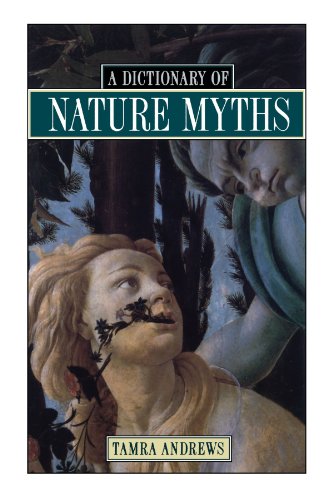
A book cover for Dictionary of Nature Myths: Legends of the Earth, Sea, and Sky; Tamra Andrews; Reference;